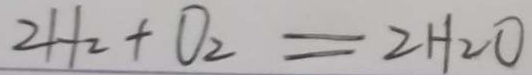
2 H _ { 2 } + O _ { 2 } = 2 H _ { 2 } O